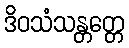
ဒိဝသံသန္တတ္တေ